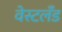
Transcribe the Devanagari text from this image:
वेस्टलँड